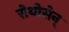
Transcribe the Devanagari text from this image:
रोथोसेन्